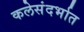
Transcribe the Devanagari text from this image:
कलेसंदर्भात